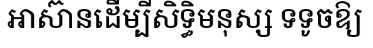
អាស៊ានដើម្បីសិទ្ធិមនុស្ស ទទូចឱ្យ